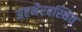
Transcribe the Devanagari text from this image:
अष्टभैरवस्थित